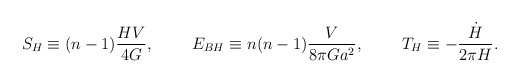
\begin{align*}S_H\equiv (n-1){{HV}\over{4G}}, \ \ \ \ \ \ \ E_{BH}\equiv n(n-1){V\over{8\pi Ga^2}}, \ \ \ \ \ \ \ T_H\equiv -{\dot{H}\over{2\pi H}}.\end{align*}